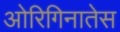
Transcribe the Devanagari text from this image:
ओरिगिनातेस